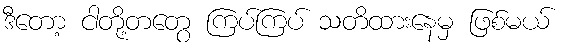
ဒီတော့ ငါတို့တတွေ ကြပ်ကြပ် သတိထားနေမှ ဖြစ်မယ်